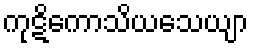
ကုဋိကောသိယသေယျာ